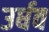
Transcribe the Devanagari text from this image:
उर्धव